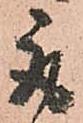
取